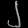
Digit: ၂